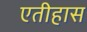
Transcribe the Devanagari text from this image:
एतीहास